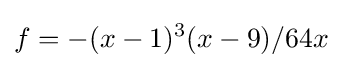
f=-(x-1)^{3}(x-9)/64x